King Institute of Preventive Medicine Micro-Biological Section reports 1912-19
Year: 1912
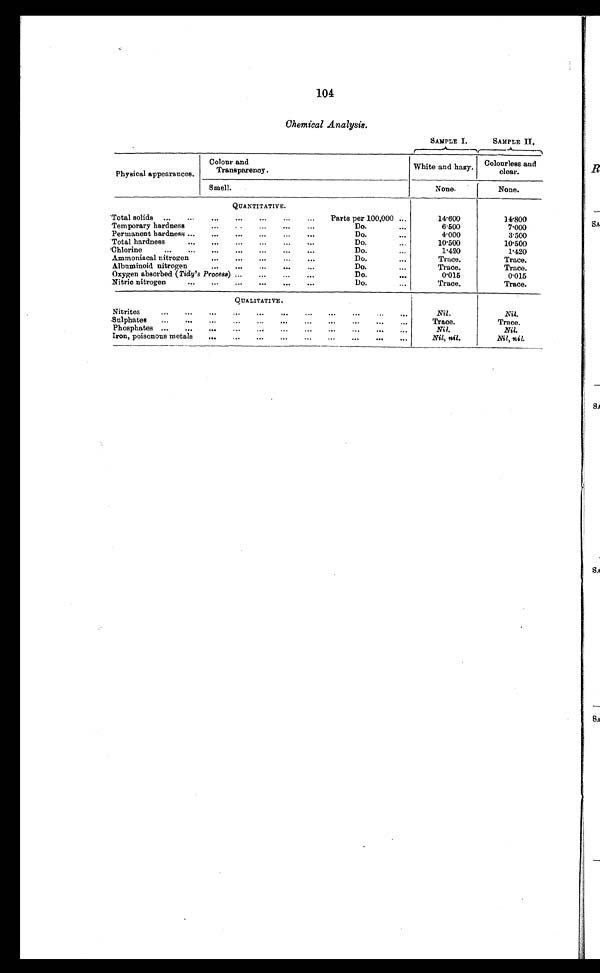
104
Chemical Analysis.
SAMPLE I.
SAMPLE II.
Physical appearances.
Colour an
Transparency.
White and hazy.
Colourless and
clear.
Smell.
None.
None.
QUANTITATIVE.
Total solids ...
...
...
...
...
Parts per 100,000 ...
...
14.600
14.800
Temporary hardness
...
...
...
Do.
...
6.500
7.000
Permanent hardness ...
...
...
...
...
Do.
...
4.000
3.500
...
Total hardness
...
...
Do.
...
10.500
10.500
Chlorine
...
...
...
...
...
Do.
...
1.420
1.420
Ammoniacal nitrogen
..
...
...
Do.
..
Trace.
Trace.
Albuminoid nitrogen
•••
..
Do.
...
Trace.
Trace.
Oxygen absorbed ( Tidy's Process ) ...
...
...
••
Do.
0.015
0.015
Nitric nitrogen
...
•••
Do.
...
Trace.
Trace.
QUALITATIVE.
..
...
Nitrites
...
Nil.
Nil.
Sulphates
...
...
...
Trace.
Trace.
Phosphates ...
.
Nil.
Nil.
Iron, poisonous metals
..
...
Nil, nil.
Nil, nil.